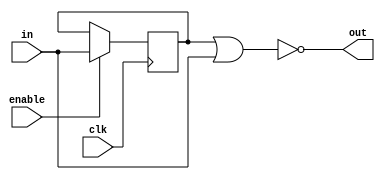
module nor_gate_delay (
    input wire in,
    output reg out,
    input wire enable,
    input wire clk
);

reg delay_reg;

always @(posedge clk) begin
    if (enable)
        delay_reg <= in;
    else
        delay_reg <= delay_reg;
end

assign out = ~(delay_reg | in);

endmodule